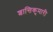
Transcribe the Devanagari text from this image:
शान्तिकुमारी